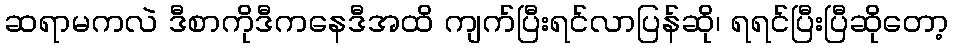
ဆရာမကလဲ ဒီစာကိုဒီကနေဒီအထိ ကျက်ပြီးရင်လာပြန်ဆို၊ ရရင်ပြီးပြီဆိုတော့